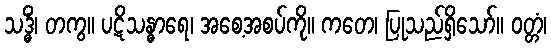
သဒ္ဓိံ၊ တကွ။ ပဋိသန္ဓာရေ၊ အစေ့အစပ်ကို။ ကတေ၊ ပြုသည်ရှိသော်။ ဝတ္တံ၊